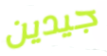
جيدين